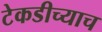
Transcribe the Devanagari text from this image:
टेकडीच्याच